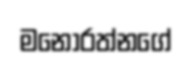
මනෝරත්නගේ